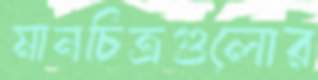
মানচিত্রগুলোর